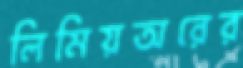
লিমিয়অরের